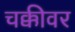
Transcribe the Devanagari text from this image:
चक्कीवर